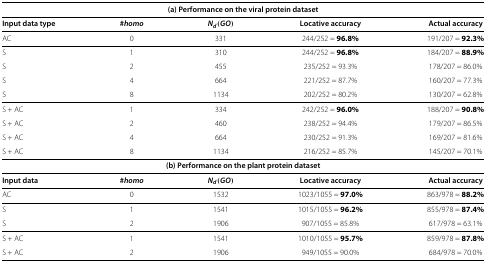
| <COLSPAN=4> (a) Performance on the viral protein dataset |  |
 | Input data type | #homo | Nd(GO) | Locative accuracy | Actual accuracy |
 | --- | --- | --- | --- | --- |
 | AC | 0 | 331 | 244/252 = 96.8% | 191/207 = 92.3% |
 | S | 1 | 310 | 244/252 = 96.8% | 184/207 = 88.9% |
 | S | 2 | 455 | 235/252 = 93.3% | 178/207 = 86.0% |
 | S | 4 | 664 | 221/252 = 87.7% | 160/207 = 77.3% |
 | S | 8 | 1134 | 202/252 = 80.2% | 130/207 = 62.8% |
 | S + AC | 1 | 334 | 242/252 = 96.0% | 188/207 = 90.8% |
 | S + AC | 2 | 460 | 238/252 = 94.4% | 179/207 = 86.5% |
 | S + AC | 4 | 664 | 230/252 = 91.3% | 169/207 = 81.6% |
 | S + AC | 8 | 1134 | 216/252 = 85.7% | 145/207 = 70.1% |
 | <COLSPAN=4> (b) Performance on the plant protein dataset |  |
 | Input data | #homo | Nd(GO) | Locative accuracy | Actual accuracy |
 | AC | 0 | 1532 | 1023/1055 = 97.0% | 863/978 = 88.2% |
 | S | 1 | 1541 | 1015/1055 = 96.2% | 855/978 = 87.4% |
 | S | 2 | 1906 | 907/1055 = 85.8% | 617/978 = 63.1% |
 | S + AC | 1 | 1541 | 1010/1055 = 95.7% | 859/978 = 87.8% |
 | S + AC | 2 | 1906 | 949/1055 = 90.0% | 684/978 = 70.0% |